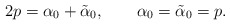
\begin{align*}2p=\alpha_0+\tilde{\alpha}_0, ~~~~~~\alpha_0=\tilde{\alpha}_0=p.\end{align*}